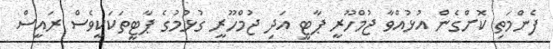
ފެންމަތި ކޮށްގެން އުޅުއްވާ ޖުމްހޫރީ ޕާޓީ އަދި ޖުމްހޫރީ ގުޅުމުގެ ޕާޓީތަކަކީވެސް ރައީސް